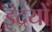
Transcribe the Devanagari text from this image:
इंद्रयों